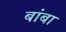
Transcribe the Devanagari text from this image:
बांबा